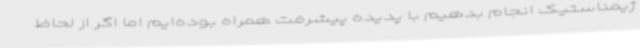
ژیمناستیک انجام بدهیم با پدیده پیشرفت همراه بوده‌ایم اما اگر از لحاظ